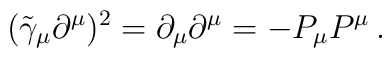
(\tilde{\gamma}_\mu \partial^\mu)^2 = \partial_\mu \partial^\mu  = -P_\mu P^\mu \,.